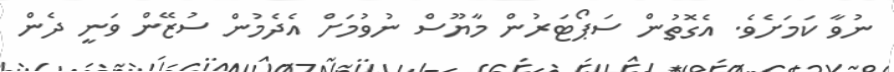
ނުވާ ކަމަށެވެ. އެގޮތުން ސަޕޯޓަރުން މާޔޫސް ނުވުމަށް އެދެމުން ސުޒޭން ވަނީ ދެން